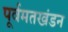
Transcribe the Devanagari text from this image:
पूर्वमतखंडन